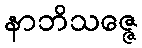
နာဘိသဇ္ဇေ